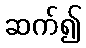
ဆက်၍